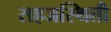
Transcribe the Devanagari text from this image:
सहजस्थिती